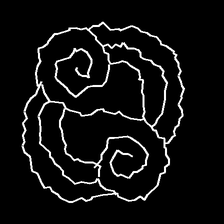
Glyph: wind-underfoot